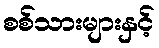
စစ်သားများနှင့်